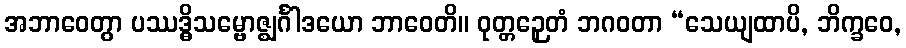
အဘာဝေတွာ ပဿဒ္ဓိသမ္ဗောဇ္ဈင်္ဂါဒယော ဘာဝေတိ။ ဝုတ္တဉှေတံ ဘဂဝတာ “သေယျထာပိ, ဘိက္ခဝေ,